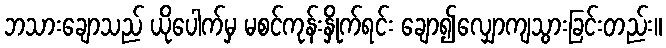
ဘသားချောသည် ယိုပေါက်မှ မစင်ကုန်းနှိုက်ရင်း ချော၍လျှောကျသွားခြင်းတည်း။